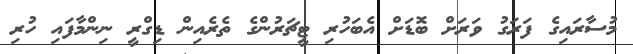
މުސާރައިގެ ފަރަގު ވަރަށް ބޮޑަށް އެބަހުރި ޓީޗަރުންގެ ތެރެއިން ޑިގްރީ ނިންމާފައި ހުރި